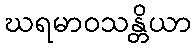
ဃရမာဝသန္တိယာ